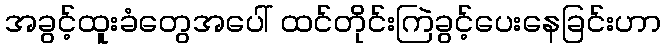
အခွင့်ထူးခံတွေအပေါ် ထင်တိုင်းကြဲခွင့်ပေးနေခြင်းဟာ